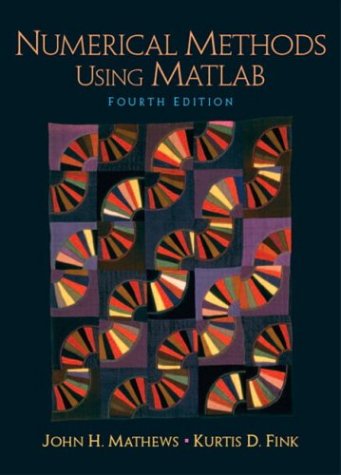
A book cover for Numerical Methods Using Matlab (4th Edition); John H. Mathews; Science & Math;